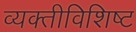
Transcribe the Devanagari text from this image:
व्यक्तीविशिष्ट